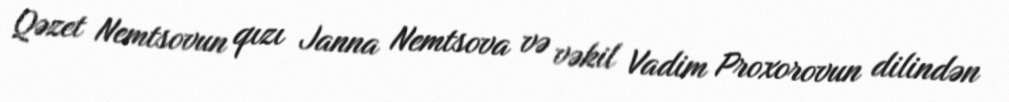
Qəzet Nemtsovun qızı Janna Nemtsova və vəkil Vadim Proxorovun dilindən